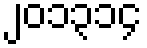
၂၀၁၃၁၄